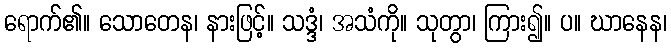
ရောက်၏။ သောတေန၊ နားဖြင့်။ သဒ္ဒံ၊ အသံကို။ သုတွာ၊ ကြား၍။ ပ။ ဃာနေန၊